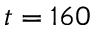
t = 1 6 0